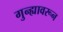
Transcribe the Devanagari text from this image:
गुन्ह्यावरून